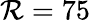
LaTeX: \mathcal{R}=75